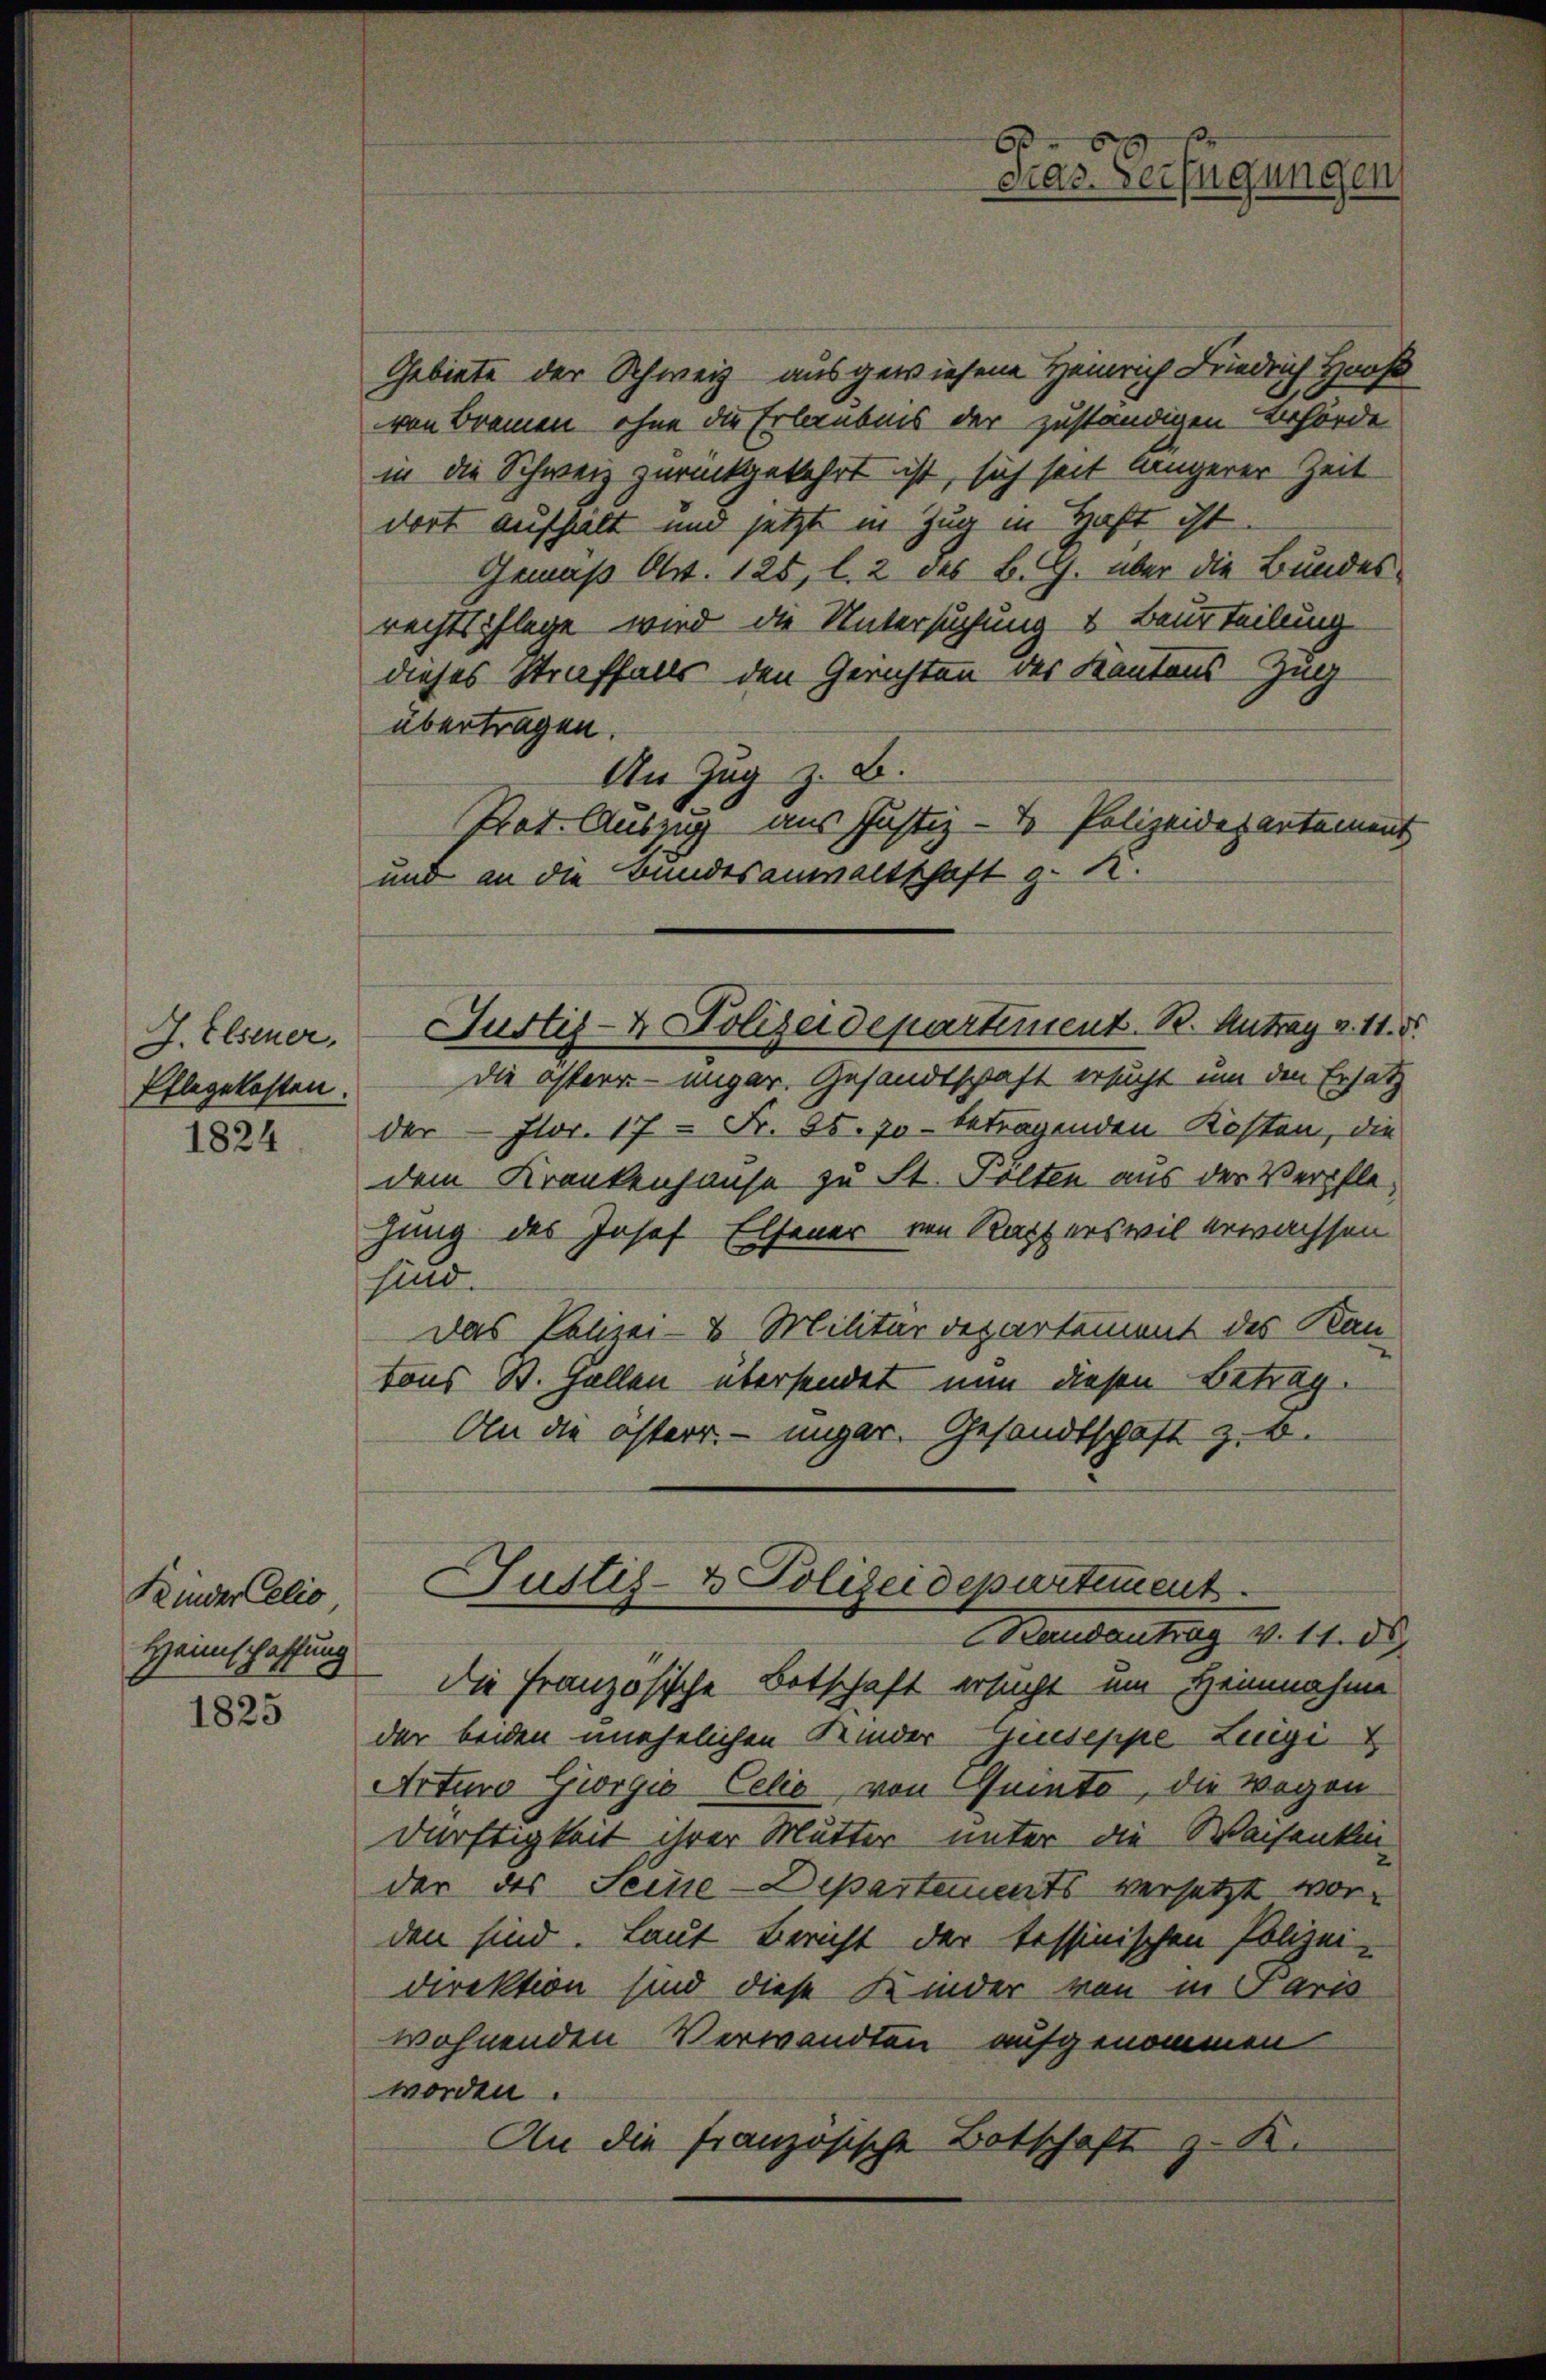
J. Elsener,
Pflegekosten.
1824

Kinder Celio
Heimschaffung

1825

Gebiete der Schweiz ausgewiesene Heinrich Friedrich Haus
von Bremen, ohne die Erlaubnis der zuständigen Behörde
in die Schweiz zurückgekehrt ist, sich seit längerer Zeit
dort aufhält und jetzt in Zug in Haft ist
Gemäß Art. 128, l. 2 des B. G. über die Bundesrechtspflege wird die Untersuchung & Beurteilung
dieses Straffalls den Gerichten des Kantons Zug
übertragen.
An Zug z. B.
Prat. Auszug aus Justiz- & Polizeidepartement
und an die Bundesanwaltschaft z. K.
Die östern- ungar. Gesandtschaft ersucht um den Ersatz
der Flor. 17 - Fr. 85. 70 betragenden Kosten, die
dem Krankenhause zu St. Pölten aus der Verpflehung des Josef Elsener von Rapperswil erwachsen
sind.
Das Polizei- & Militärdepartement des Kan-
tons St. Gallen übersendet nun diesen Betrag.
An die österr. - inger. Gesandtschaft z. B.
Justiz- & Polizeidepartiment
Randantrag v. 11. d.
die Französische Botschaft ersucht um Heimnahme
der beiden unehelichen Kinder-Gueseppe Lingi
Arturo Giorgio Celio, von Quinto, die wegen
dürftigkeit ihrer Mutter unter die Weisenkender des Seine-Departements versetzt worden sind. Laut Bericht der tessinischen Polizei-
direktion sind diese Kinder von in Paris
wohnenden Verwandten aufgenommen
worden.
An die französische Botschaft z. K.

.
das Verfügungen,

Justiz- & Polizeidepartement. B. Antrag v. 11. d.